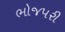
ભોજપરી